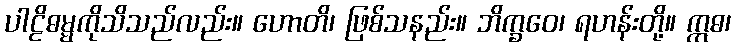
ပါဠိဓမ္မကိုသိသည်လည်း။ ဟောတိ၊ ဖြစ်သနည်း။ ဘိက္ခဝေ၊ ရဟန်းတို့။ ဣဓ၊